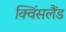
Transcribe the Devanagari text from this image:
क्विंसलैंड